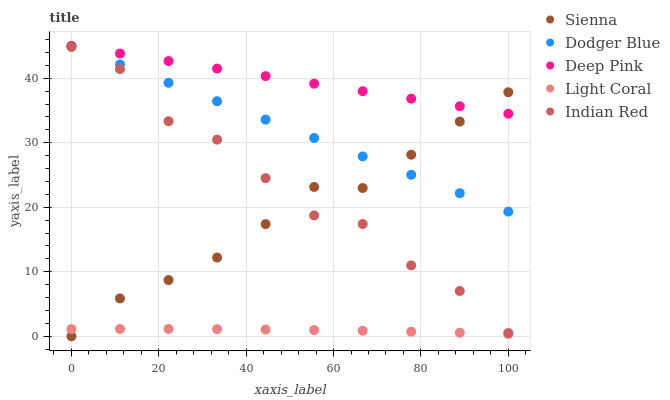
| xaxis_label | Sienna | Dodger Blue | Deep Pink | Light Coral | Indian Red |
 | --- | --- | --- | --- | --- | --- |
 | 0 | 0 | 45 | 45 | 1.11 | 44.9 |
 | 11.1 | 5.86 | 42.1 | 43.8 | 1.13 | 41.4 |
 | 22.2 | 8.71 | 39.3 | 42.7 | 1.13 | 33.3 |
 | 33.3 | 12.2 | 36.4 | 41.5 | 1.1 | 30.5 |
 | 44.4 | 17.4 | 33.6 | 40.3 | 1.05 | 24.5 |
 | 55.6 | 23.1 | 30.7 | 39.2 | 0.962 | 18.7 |
 | 66.7 | 23 | 27.9 | 38 | 0.85 | 17.4 |
 | 77.8 | 28.1 | 25 | 36.8 | 0.71 | 11 |
 | 88.9 | 33.3 | 22.2 | 35.7 | 0.542 | 7.02 |
 | 100 | 37.8 | 19.3 | 34.5 | 0.347 | 0.5 |